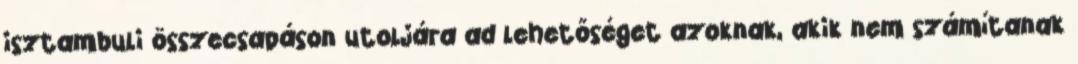
isztambuli összecsapáson utoljára ad lehetőséget azoknak, akik nem számítanak